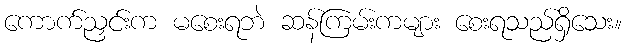
ကောက်ညှင်းက မစေးရဘဲ ဆန်ကြမ်းကများ စေးရသည်ရှိသေး။